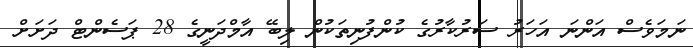
ނަމަވެސް އަންނަ އަހަރު ސަރުކާރުގެ ކުންފުނިތަކުން ލިބޭ އާމްދަނީގެ 28 ޕަސެންޓް ދަށަށް